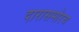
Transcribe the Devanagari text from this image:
दारासमोरच